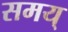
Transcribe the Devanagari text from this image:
समय्